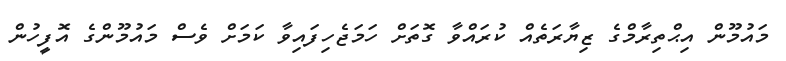
މައުމޫން އިޙްތިރާމްގެ ޒިޔާރަތެއް ކުރައްވާ ގޮތަށް ހަމަޖެހިފައިވާ ކަމަށް ވެސް މައުމޫންގެ އޮފީހުން